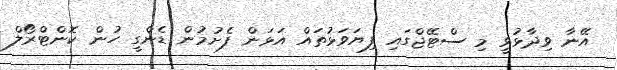
އޭނާ ވިދާޅުވީ މި ސްޓޭޖްގައި ފިޔަވަޅުތައް އަޅަން ފެށުމުން ޑެންގީ ހުން ކޮންޓްރޯލް